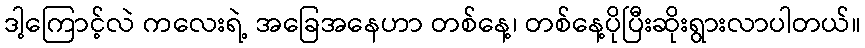
ဒါ့ကြောင့်လဲ ကလေးရဲ့ အခြေအနေဟာ တစ်နေ့၊ တစ်နေ့ပိုပြီးဆိုးရွားလာပါတယ်။